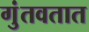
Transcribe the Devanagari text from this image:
गुंतवतात